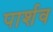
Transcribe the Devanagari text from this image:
पार्शव